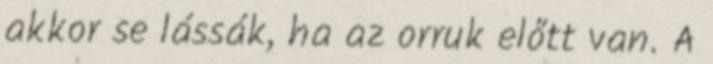
akkor se lássák, ha az orruk előtt van. A